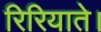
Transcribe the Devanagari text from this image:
रिरियाते।